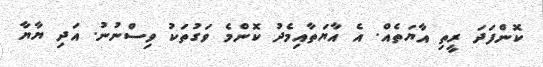
ކޮންފަދަ ރީތި އާޔަތެއް. އެ އާޔަތާއިމެދު ކޮންމެ ވަގުތަކު ވިސްނުނު. އަދި ޔާޔާ